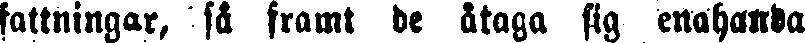
fattningar, så framt de åaga sig enahanda